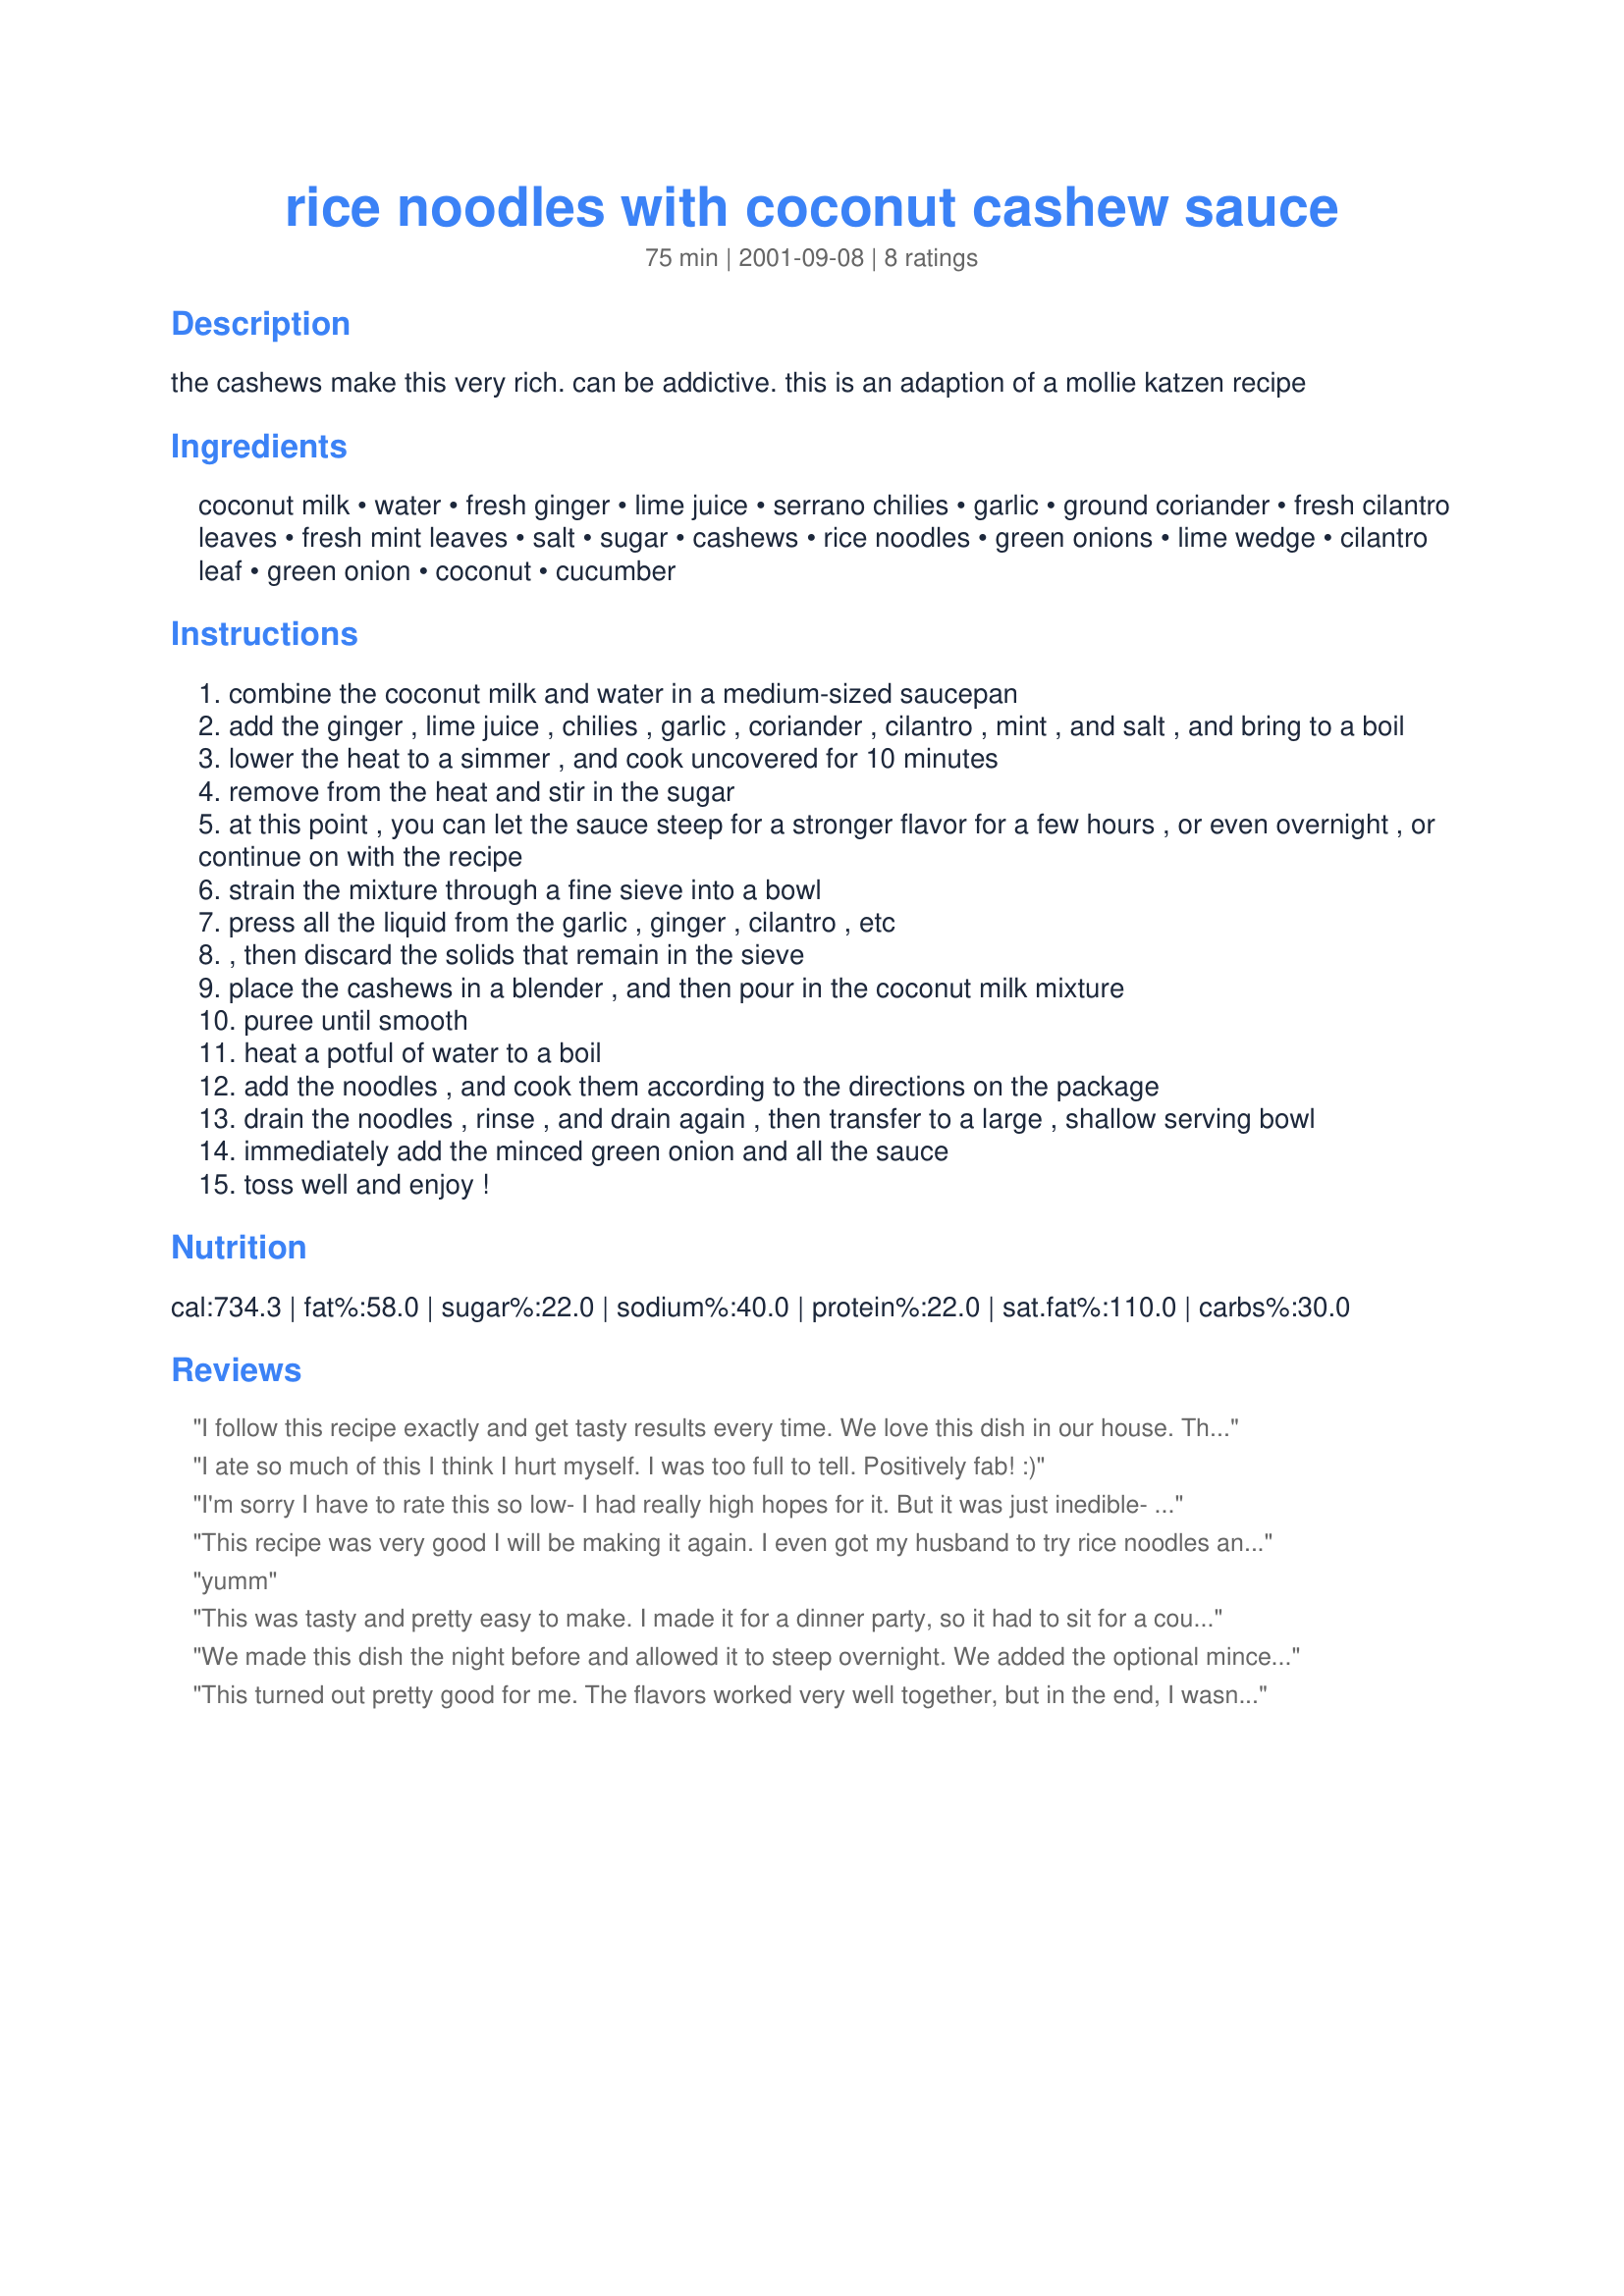
rice noodles with coconut cashew sauce
Preparation time: 75 minutes

the cashews make this very rich. can be addictive. this is an adaption of a mollie katzen recipe

Ingredients:
coconut milk, water, fresh ginger, lime juice, serrano chilies, garlic, ground coriander, fresh cilantro leaves, fresh mint leaves, salt, sugar, cashews, rice noodles, green onions, lime wedge, cilantro leaf, green onion, coconut, cucumber

Steps:
combine the coconut milk and water in a medium-sized saucepan
add the ginger , lime juice , chilies , garlic , coriander , cilantro , mint , and salt , and bring to a boil
lower the heat to a simmer , and cook uncovered for 10 minutes
remove from the heat and stir in the sugar
at this point , you can let the sauce steep for a stronger flavor for a few hours , or even overnight , or continue on with the recipe
strain the mixture through a fine sieve into a bowl
press all the liquid from the garlic , ginger , cilantro , etc
, then discard the solids that remain in the sieve
place the cashews in a blender , and then pour in the coconut milk mixture
puree until smooth
heat a potful of water to a boil
add the noodles , and cook them according to the directions on the package
drain the noodles , rinse , and drain again , then transfer to a large , shallow serving bowl
immediately add the minced green onion and all the sauce
toss well and enjoy !

Reviews:
I follow this recipe exactly and get tasty results every time. We love this dish in our house. Thanks so much for sharing!
I ate so much of this I think I hurt myself. I was too full to tell. Positively fab! :)
I'm sorry I have to rate this so low- I had really high hopes for it. But it was just inedible- the flavors were off and tasted bad, and it looked unapetizine as well. I used wide rice noodles because I thought they might hold the sauce better. I followed the recipe exactly. It was just not good- We ate a tiny bit and had to throw the rest out. Sorry- I don't know what went wrong.
This recipe was very good I will be making it again. I even got my husband to try rice noodles and he loved it. We did add chopped grilled chicken to the noodles and all the side garnishes I highly recomend-they really add good texture.
yumm
This was tasty and pretty easy to make. I made it for a dinner party, so it had to sit for a couple hours before it made it onto the table. I would suggest serving right away, it wasn't as good after sitting. However, the flavors are great.
We made this dish the night before and allowed it to steep overnight. We added the optional minced cashew and toasted shredded coconut at serving time. These additions we would recommend as they created different textures to compliment the noodles. This dish has a delightful variety of flavours but many are very subtle. With many Thai foods there are fantastic flavours that develop in combination with other ingredients. We find however that if one mixes these dishes in one sitting that these fine flavours can easily be lost. Hence we served this dish as a course on its own. Doing so gives it full justice and the high marks it deserves. We think to use it as a side dish together with a meat or vegetable presentation would not bring it to its highest level. Thanks for a great recipe.
This turned out pretty good for me. The flavors worked very well together, but in the end, I wasn't very excited about the recipe. I had to leave out the cilantro because my husband hates it, so maybe that was my mistake. Next time, I will add some snow peas to the recipe.
